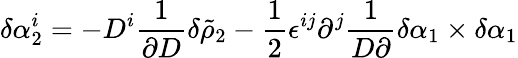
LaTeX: \delta\alpha_{2}^{i}=-D^{i}{\frac{1}{\partial D}}\delta\tilde{\rho}_{2}-{\frac{1}{2}}\epsilon^{ij}\partial^{j}{\frac{1}{D\partial}}\delta\alpha_{1}\times\delta\alpha_{1}